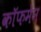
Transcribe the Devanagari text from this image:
कॉफमेन